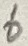
Text: 6